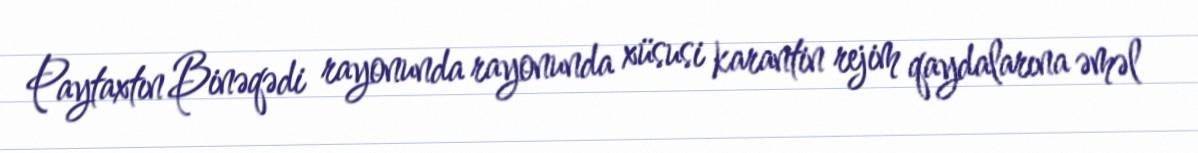
Paytaxtın Binəqədi rayonunda rayonunda xüsusi karantin rejim qaydalarına əməl